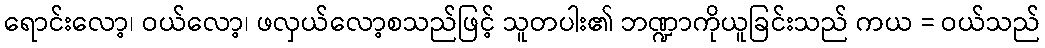
ရောင်းလော့၊ ဝယ်လော့၊ ဖလှယ်လော့စသည်ဖြင့် သူတပါး၏ ဘဏ္ဍာကိုယူခြင်းသည် ကယ = ဝယ်သည်